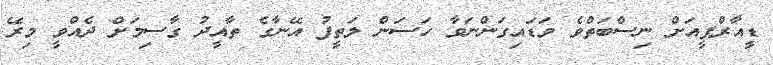
ޑީއާރްޕީއަށް ނިސްބަތްވެ ވަޑައިގަންނަވާ ހަސަން ލަތީފު އޭނާގެ ތާއީދު ގާސިމަށް ދެއްވީ މިރޭ